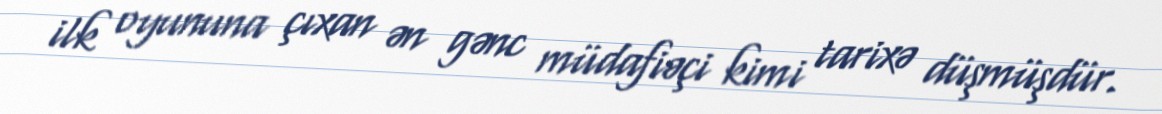
ilk oyununa çıxan ən gənc müdafiəçi kimi tarixə düşmüşdür.